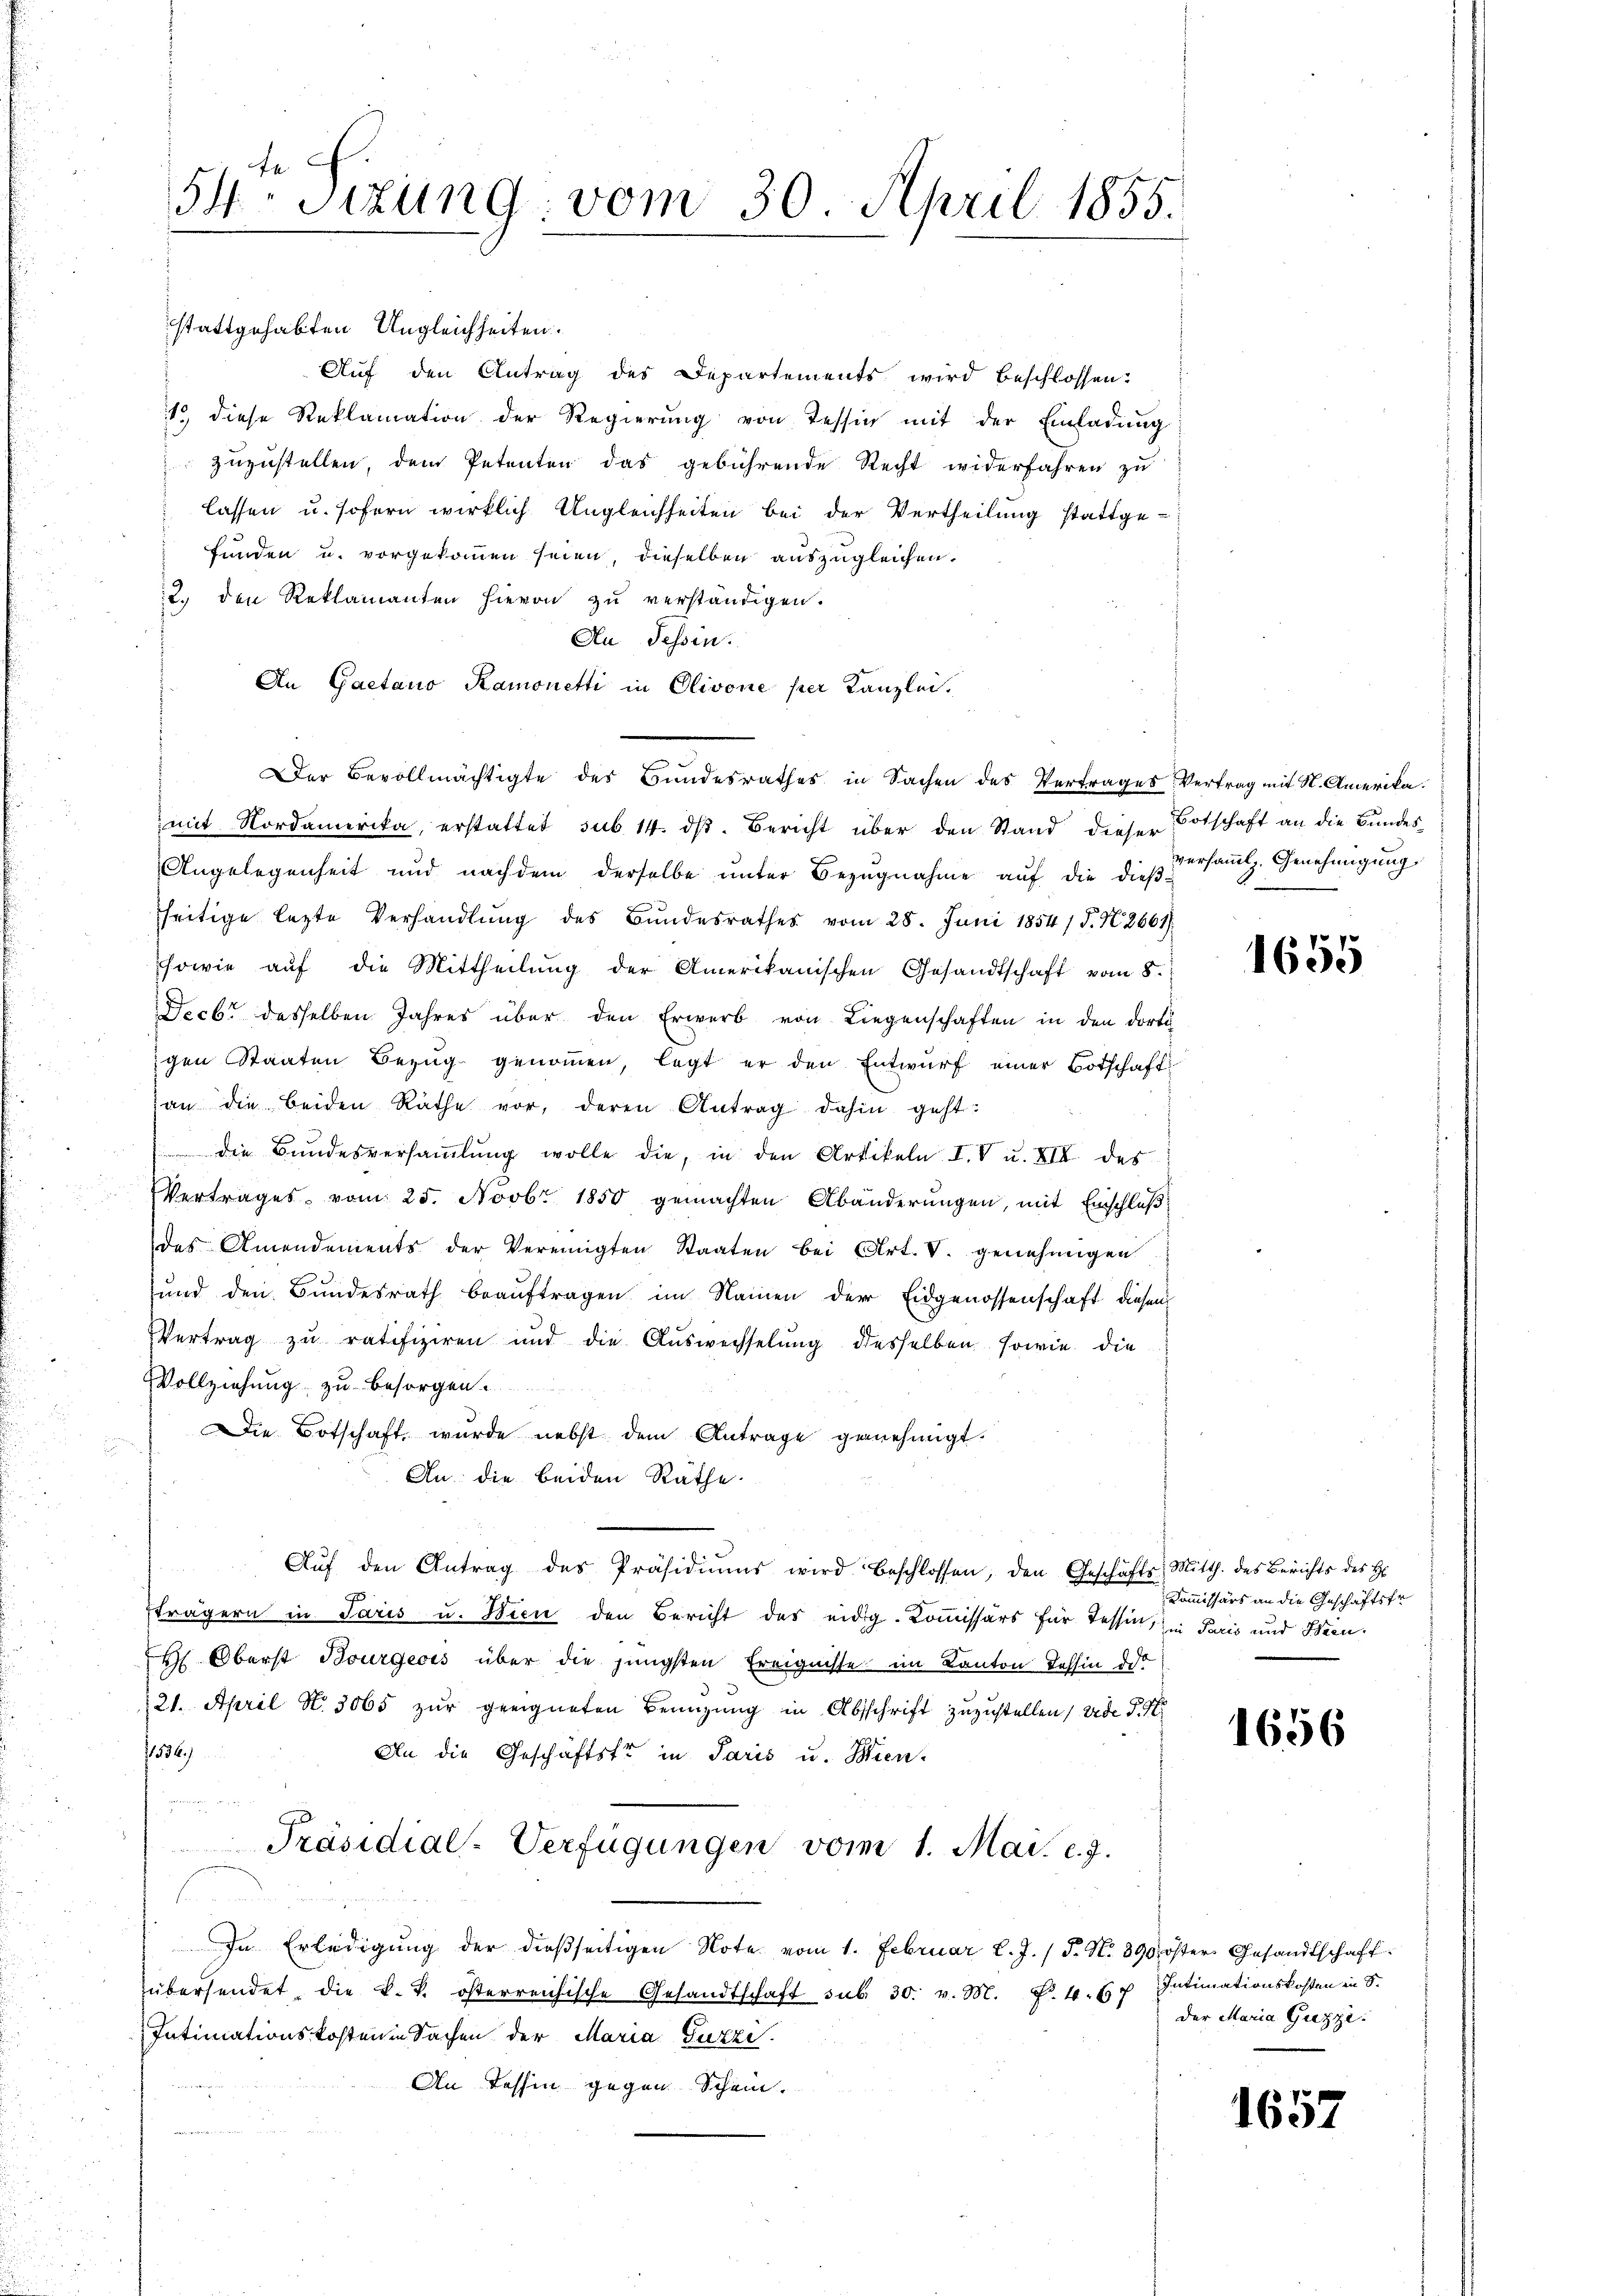
stattgehabten Ungleichheiten.
Auf den Antrag des Departements wird beschlossen:
1. diese Reklamation der Regierung von Tessin mit der Einladung
zuzustellen, dem Petenten das gebührende Recht widerfahren zu
lassen u. sofern wirklich Ungleichheiten bei der Vertheilung stattge-
funden u. vorgekommen seien, dieselben auszugleichen.
2. den Reklamanten hievon zŭ verständigen.
Au Tessin.
An Gaetano Ramonetti in Olivone per Kanzlei.
Der Bevollmächtigte des Bundesrathes in Sachen des Vertrages Vertrag mit St. Amerika.
mit Nordamerika, erstattet sub 14. dβ. Bericht über den Stand dieser Botschaft an die Bundes
Angelegenheit und nachdem derselbe unter Bezugnahme auf die dieß versammlg. Genehmigung
seitige lezte Verhandlung des Bundesrathes vom 28. Juni 1854 / 5. N. 2661.
sowie aŭf die Mittheilŭng der Amerikanischen Gesandtschaft vom 8.
Decbr desselben Jahres über den Erwerb von Liegenschaften in den dorti
igen Staaten Bezug genommen, legt er den Entwurf einer Botschafts
an die beiden Räthe vor, deren Antrag dahin geht:
 die Bŭndesversaṁlŭng wolle die, in den Artikeln IV u. XII des
Vertrages vom 25. Novbr. 1850 gemachten Abänderungen, mit Einschluß
des Amendements der Vereinigten Staaten bei Art. V. genehmigen
sund den Bundesrath beauftragen im Namen der Eidgenossenschaft diesem
Vertrag zu ratifizieren und die Auswechselung desselben sowie die
Vollziehung zu besorgen.
Die Botschaft, wurde nebst dem Antrage genehmigt.
An die beiden Räthe
Aŭf den Antrag des Präsidiŭms wird beschlossen, den Geschäfts Mitth. des Berichts des H.
Eträgern in Paris u. Bien den Bericht des eidg. Kommissärs für Tessin, in Paris und Tren¬
H. Oberst Bourgeois über die jüngsten Ereignisse im Kanton Tessin des
21. April S. 3065 zur geeigneten Benuzung in Abschrift zuzustellen, wede P. N
1536.
An die Geschäftstr in Paris u. Bien-

Präsidial-Verfügungen vom 1. Mai. l. J.
End
In Erledigŭng der dießseitigen Note vom 1. Februar l. J. / 5. N. 390. öster Gesandtschaft.
übersendet, die k. k. österreichische Gesandtschaft sub. 30. v. M. f. 4. Es p Intimationskosten in S.
Intimationskosten in Sachen der Maria Guzzi.
An Tessin gegen Schein.

54 Sizung vom 30. April 1855.

1655

Kommissärs an die Geschäftsfr

1656

der Maria Guzze

1657